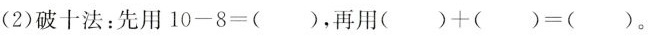
(2)破十法：先用$$1 0 - 8 = ( )$$，再用$$( ) + ( ) = ( )$$。